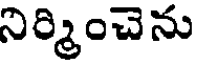
నిర్మించెను